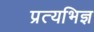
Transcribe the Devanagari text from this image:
प्रत्यभिज्ञ